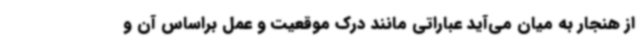
از هنجار به میان می‌آید عباراتی مانند درک موقعیت و عمل براساس آن و